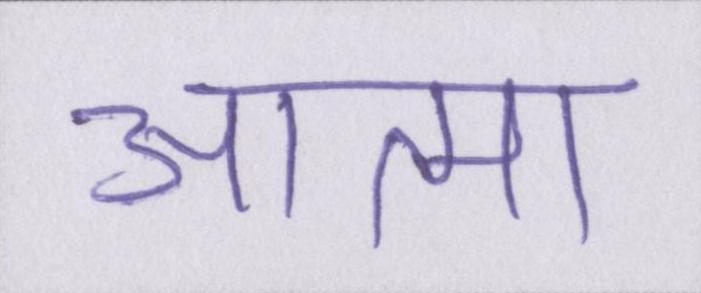
आत्मा